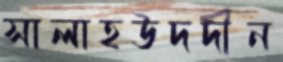
সালাহউদদীন